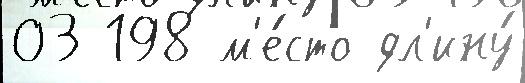
03 198 м'е́сто дл'ину́